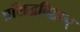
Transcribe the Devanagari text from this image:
प्रसिद्धविद्वान्